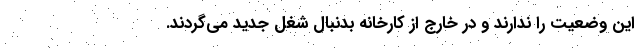
این وضعیت را ندارند و در خارج از کارخانه بدنبال شغل جدید می‌گردند.